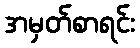
အမှတ်စာရင်း